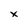
Character: x